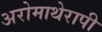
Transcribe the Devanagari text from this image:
अरोमाथेरापी